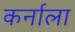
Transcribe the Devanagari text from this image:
कर्नाला